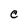
Character: C